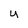
Character: u